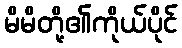
မိမိတို့၏ကိုယ်ပိုင်